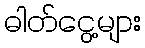
ဓါတ်ငွေ့များ